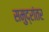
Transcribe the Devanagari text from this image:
समुद्रांतर